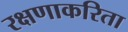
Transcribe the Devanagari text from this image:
रक्षणाकरिता